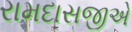
રામદાસજીએ